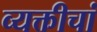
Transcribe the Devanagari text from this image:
व्यक्तीचां